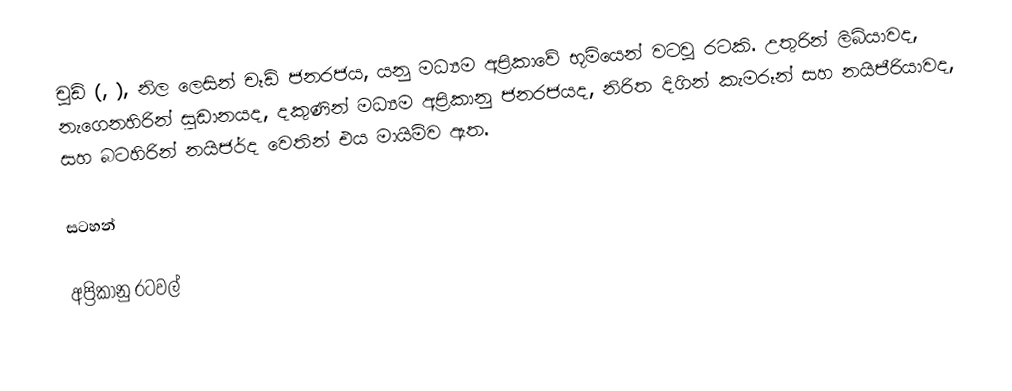
චූඩ්  (,  ), නිල ලෙසින් චෑඩ් ජනරජය, යනු  මධ්‍යම අප්‍රිකාවේ  භූමියෙන් වටවූ රටකි.   උතුරින් ලිබියාවද, නැගෙනහිරින් සුඩානයද, දකුණින් මධ්‍යම අප්‍රිකානු ජනරජයද, නිරිත දිගින් කැමරූන් සහ නයිජීරියාවද, සහ බටහිරින් නයිජර්ද වෙතින් එය මායිම්ව ඇත.

සටහන්

අප්‍රිකානු රටවල්